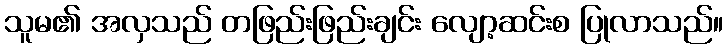
သူမ၏ အလှသည် တဖြည်းဖြည်းချင်း လျော့ဆင်းစ ပြုလာသည်။